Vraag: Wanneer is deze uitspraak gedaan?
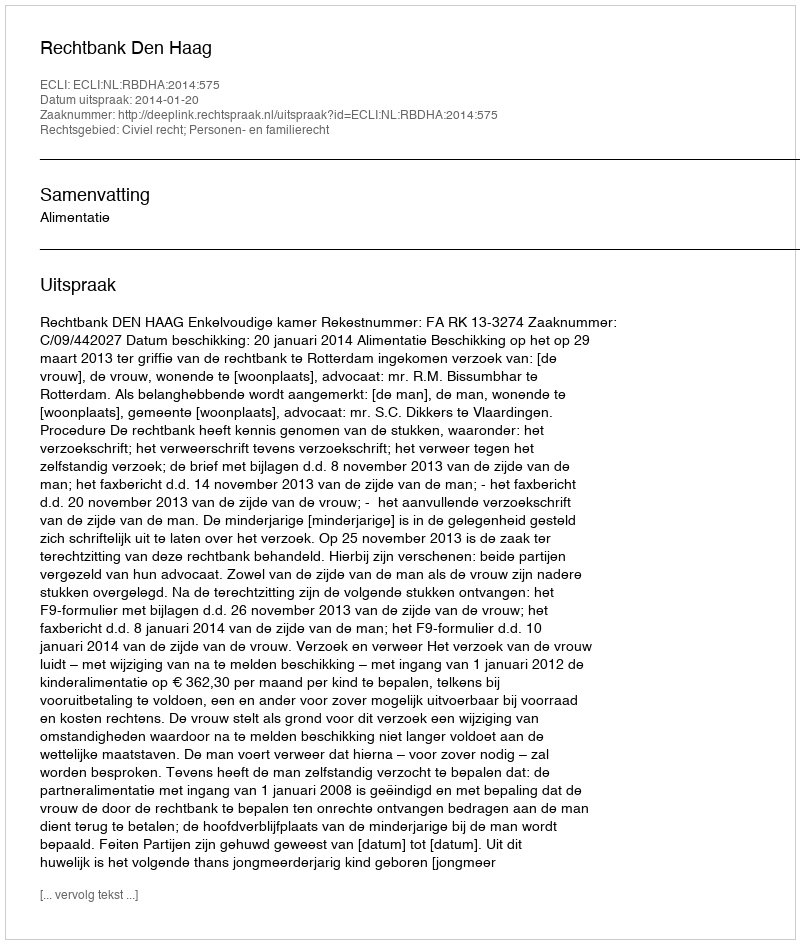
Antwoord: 2014-01-20